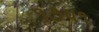
૧૭૫૧